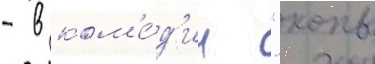
- в ком'е́д'ии "копы